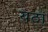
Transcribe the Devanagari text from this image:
यठां